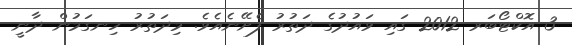
3 އޮކްޓޯބަރ 2012 ގައި ވައުދުގެ ދަތުރު ފެށޭނެއެވެ. މިދަތުރު ހިނގަމުން ދާނީ